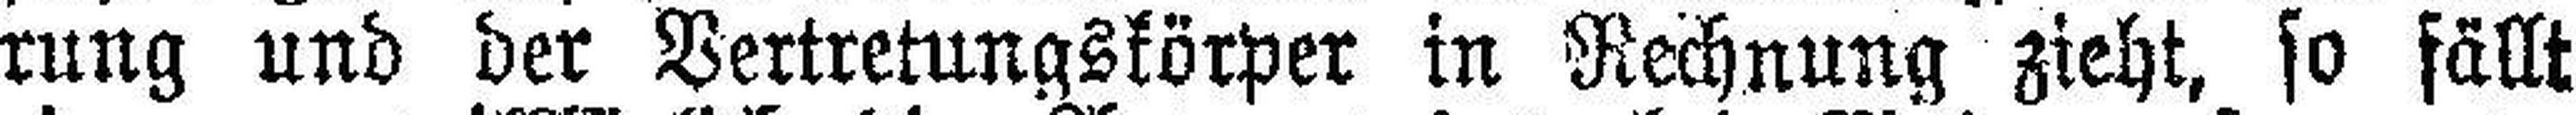
rung und der Vertretungskörper in Rechnung zieht, so fällt